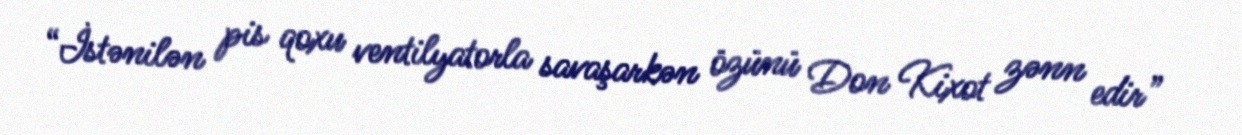
“İstənilən pis qoxu ventilyatorla savaşarkən özünü Don Kixot zənn edir”